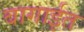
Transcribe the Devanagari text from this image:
बागाईत